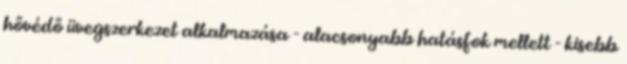
hővédő üvegszerkezet alkalmazása - alacsonyabb hatásfok mellett - kisebb